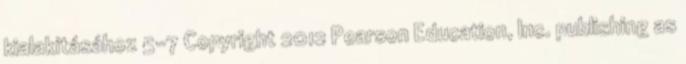
kialakításához 5-7 Copyright 2012 Pearson Education, Inc. publishing as